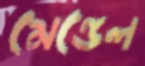
মেন্ডেল